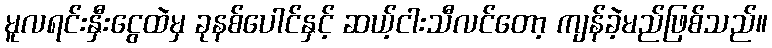
မူလရင်းနှီးငွေထဲမှ ခုနစ်ပေါင်နှင့် ဆယ့်ငါးသီလင်တော့ ကျန်ခဲ့မည်ဖြစ်သည်။